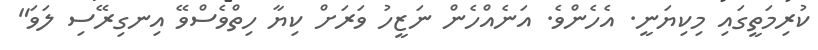
ކުރިމަތީގައި މިކިޔަނީ. އެހެންވެ. އަނެއްހެން ނަޒީހު ވަރަށް ކިޔާ ހިތްވެސްވޭ އިނގިރޭސި ލަވަ"